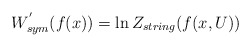
\begin{align*}W^{'}_{sym}(f(x)) =\ln Z_{string}(f(x,U))\end{align*}